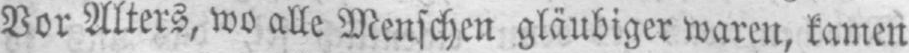
Vor Alters, wo alle Menschen gläubiger waren, kamen